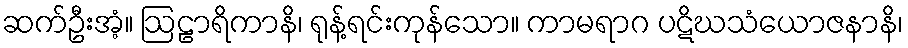
ဆက်ဦးအံ့။ ဩဠာရိကာနိ၊ ရုန့်ရင်းကုန်သော။ ကာမရာဂ ပဋိဃသံယောဇနာနိ၊